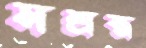
সশ্রস্ত্র